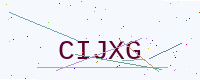
Text: CIJXG